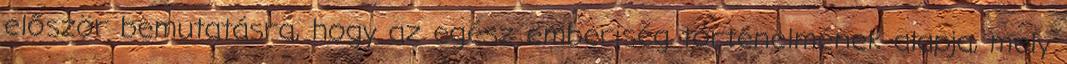
először bemutatásra, hogy az egész emberiség történelmének alapja, mely